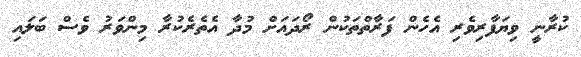
ކުރާނީ ވިޔަފާރިވެރި އެހެން ފަރާތްތަކުން ރޯދައަށް މުދާ އެތެރެކުރާ މިންވަރު ވެސް ބަލައި